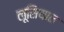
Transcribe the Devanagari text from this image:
लूसियान